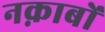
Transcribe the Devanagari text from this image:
नक़ाबों